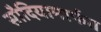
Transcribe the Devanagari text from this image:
सौदियामार्फत